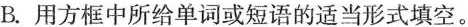
B.用方框中所给单词或短语的适当形式填空。